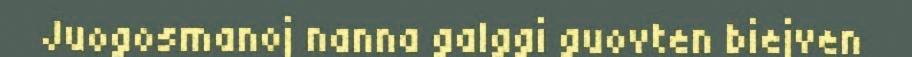
Juogosmanoj nanna galggi guovten biejven